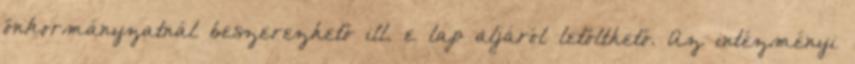
önkormányzatnál beszerezhető ill. e lap aljáról letölthető. Az intézményi